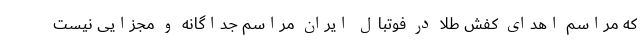
که مراسم اهدای کفش طلا در فوتبال ایران مراسم جداگانه و مجزایی نیست